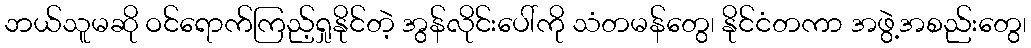
ဘယ်သူမဆို ဝင်ရောက်ကြည့်ရှုနိုင်တဲ့ အွန်လိုင်းပေါ်ကို သံတမန်တွေ၊ နိုင်ငံတကာ အဖွဲ့အစည်းတွေ၊